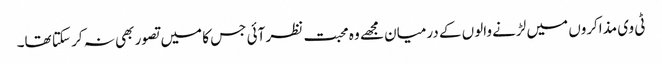
ٹی وی مذاکروں میں لڑنے والوں کے درمیان مجھے وہ محبت نظر آئی جس کا میں تصور بھی نہ کر سکتا تھا۔